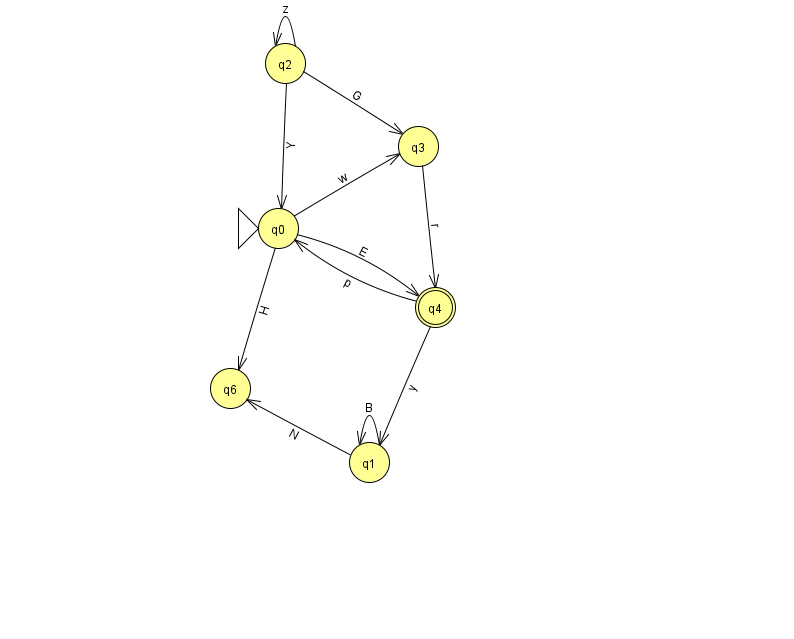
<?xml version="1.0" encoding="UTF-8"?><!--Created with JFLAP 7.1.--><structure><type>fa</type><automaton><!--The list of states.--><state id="0" name="q0"><x>278.0</x><y>215.0</y><initial/></state><state id="1" name="q1"><x>369.0</x><y>449.0</y></state><state id="2" name="q2"><x>285.0</x><y>50.0</y></state><state id="3" name="q3"><x>418.0</x><y>133.0</y></state><state id="4" name="q4"><x>435.0</x><y>294.0</y><final/></state><state id="6" name="q6"><x>230.0</x><y>375.0</y></state><!--The list of transitions.--><transition><from>0</from><to>4</to><read>E</read></transition><transition><from>1</from><to>1</to><read>B</read></transition><transition><from>4</from><to>1</to><read>y</read></transition><transition><from>0</from><to>6</to><read>H</read></transition><transition><from>4</from><to>0</to><read>p</read></transition><transition><from>0</from><to>3</to><read>w</read></transition><transition><from>3</from><to>4</to><read>r</read></transition><transition><from>2</from><to>2</to><read>z</read></transition><transition><from>2</from><to>3</to><read>G</read></transition><transition><from>1</from><to>6</to><read>N</read></transition><transition><from>2</from><to>0</to><read>Y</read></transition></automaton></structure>